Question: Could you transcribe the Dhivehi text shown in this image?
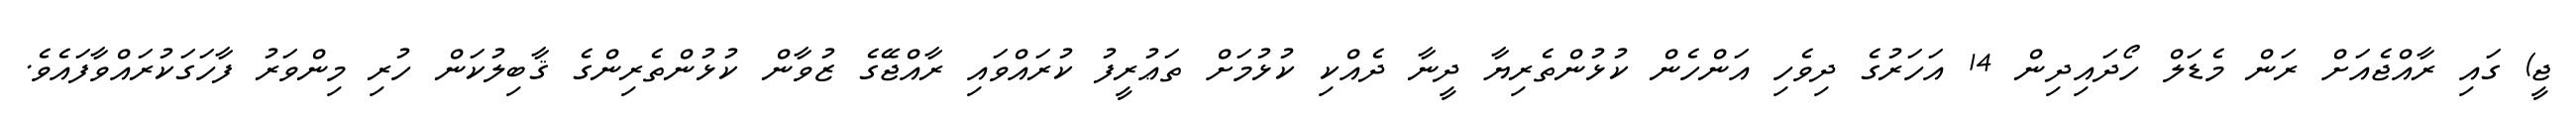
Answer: ޖީ) ގައި ރާއްޖެއަށް ރަން މެޑަލް ހޯދައިދިން 14 އަހަރުގެ ދިވެހި އަންހެން ކުޅުންތެރިޔާ ދީނާ ދެއްކި ކުޅުމަށް ތަޢުރީފު ކުރައްވައި ރާއްޖޭގެ ޒުވާން ކުޅުންތެރިންގެ ޤާބިލުކަން ހުރި މިންވަރު ފާހަގަކުރައްވާފައެވެ.